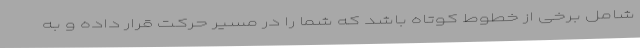
شامل برخی از خطوط کوتاه باشد که شما را در مسیر حرکت قرار داده و به